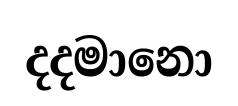
දදමානො